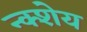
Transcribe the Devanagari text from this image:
न्क्शेय